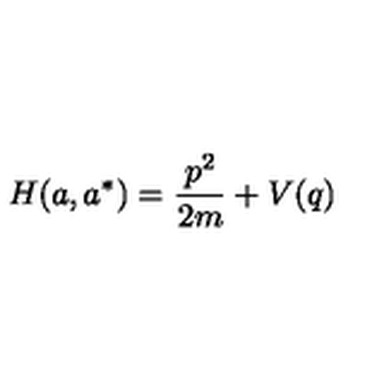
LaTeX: H ( a , a ^ { * } ) = { \frac { p ^ { 2 } } { 2 m } } + V ( q )